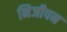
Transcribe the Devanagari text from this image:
निजीपन